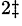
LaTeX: ^{2\ddagger}